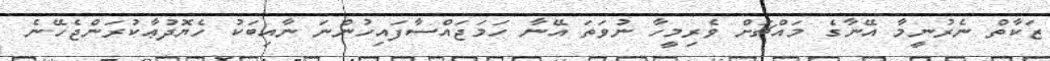
ޒަކާތް ނެރުނީމާ އޭނާގެ މައްޗަށް ވެރިމީހާ ނުވަތަ އޭނާ ހަމަޖައްސާފައިހުންނަ ނާއިބަކު ހެޔޮދުޢާކުރަންޖެހޭނެ